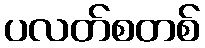
ပလတ်စတစ်